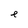
Character: e